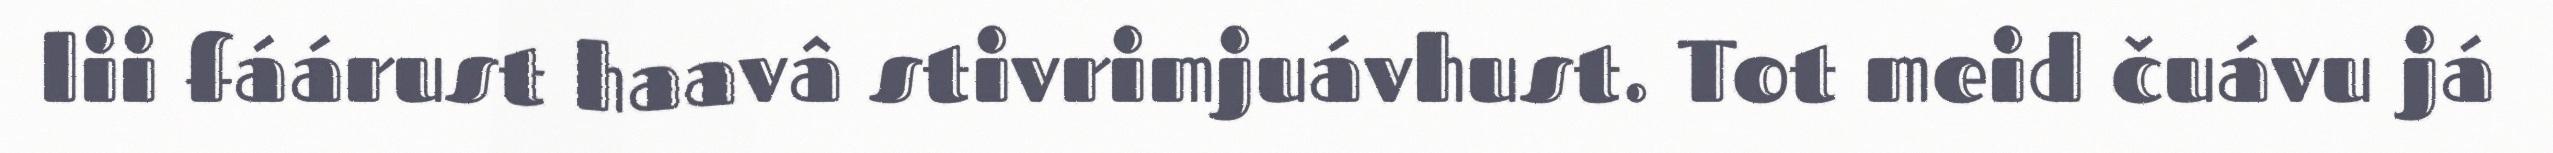
lii fáárust haavâ stivrimjuávhust. Tot meid čuávu já